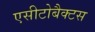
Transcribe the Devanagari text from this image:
एसीटोबैक्टस